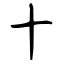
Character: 十